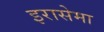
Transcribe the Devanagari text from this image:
इरासेमा